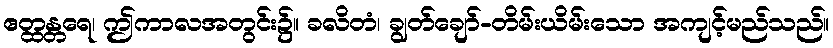
ဧတ္ထန္တရေ၊ ဤကာလအတွင်း၌။ ခလိတံ၊ ချွတ်ချော်-တိမ်းယိမ်းသော အကျင့်မည်သည်။